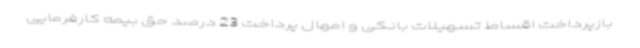
بازپرداخت اقساط تسهیلات بانکی و امهال پرداخت 23 درصد حق بیمه کارفرمایی